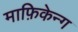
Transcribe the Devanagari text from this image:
माफ़िकेन्ग